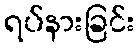
ရပ်နားခြင်း